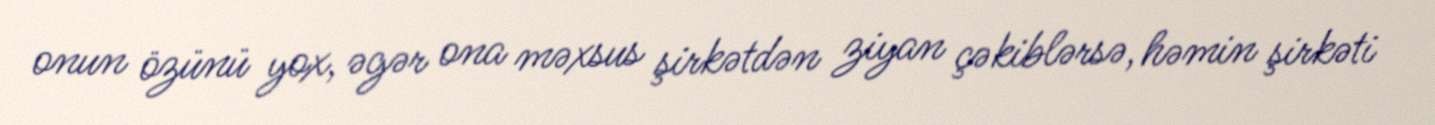
onun özünü yox, əgər ona məxsus şirkətdən ziyan çəkiblərsə, həmin şirkəti